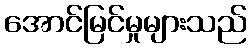
အောင်မြင်မှုများသည်